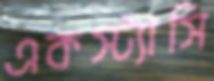
একস্ট্যাসি